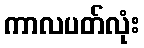
ကာလပတ်လုံး